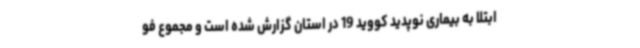
ابتلا به بیماری نوپدید کووید 19 در استان گزارش شده است و مجموع فو